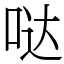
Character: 哒